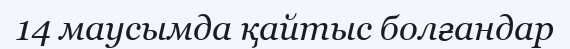
14 маусымда қайтыс болғандар